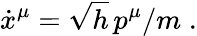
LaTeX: \dot{x}^{\mu}=\sqrt{h}\, p^{\mu}/m\; .